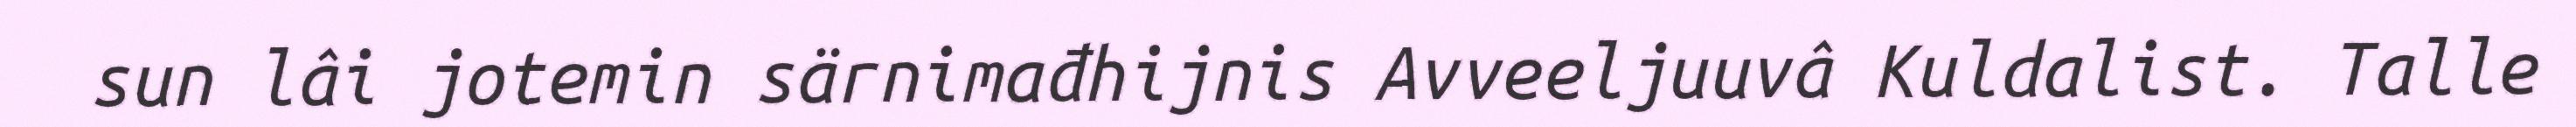
sun lâi jotemin särnimađhijnis Avveeljuuvâ Kuldalist. Talle